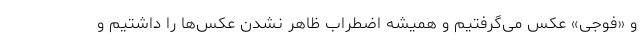
و «فوجی» عکس می‌گرفتیم و همیشه اضطراب ظاهر نشدن عکس‌ها را داشتیم و